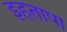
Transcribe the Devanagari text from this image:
इहतापा